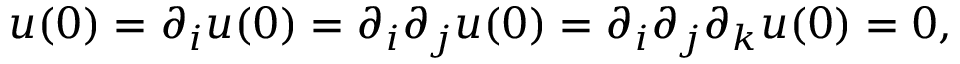
u ( 0 ) = \partial _ { i } u ( 0 ) = \partial _ { i } \partial _ { j } u ( 0 ) = \partial _ { i } \partial _ { j } \partial _ { k } u ( 0 ) = 0 ,